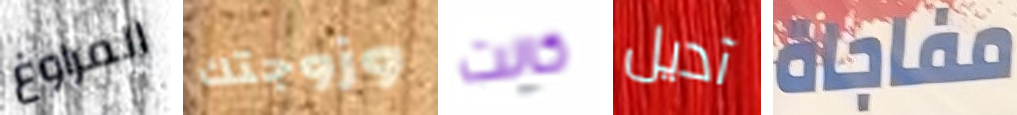
المراوغ وزوجتك كانت آديل مفاجاة